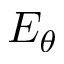
E _ { \theta }